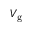
V _ { \mathrm { { g } } }